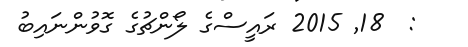
:  18